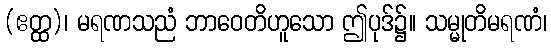
(ဧတ္ထ)၊ မရဏသညံ ဘာဝေတိဟူသော ဤပုဒ်၌။ သမ္မုတိမရဏံ၊